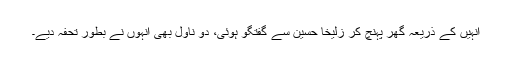
انہیں کے ذریعہ گھر پہنچ کر زُلیخا حُسین سے گفتگو ہوئی، دو ناول بھی انہوں نے بطور تحفہ دیے۔